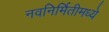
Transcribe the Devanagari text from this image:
नवनिर्मितीमध्‍ये